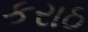
કરાઠ